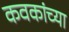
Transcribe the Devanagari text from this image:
कवकांच्या